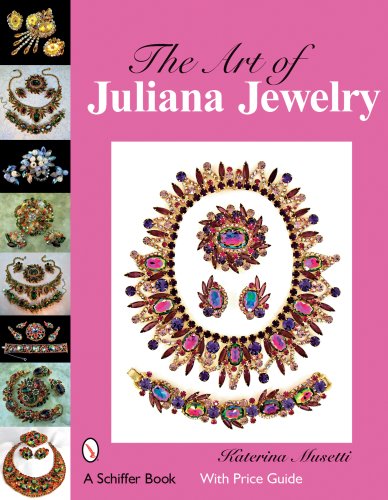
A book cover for The Art of Juliana Jewelry; Katerina Musetti; Crafts, Hobbies & Home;